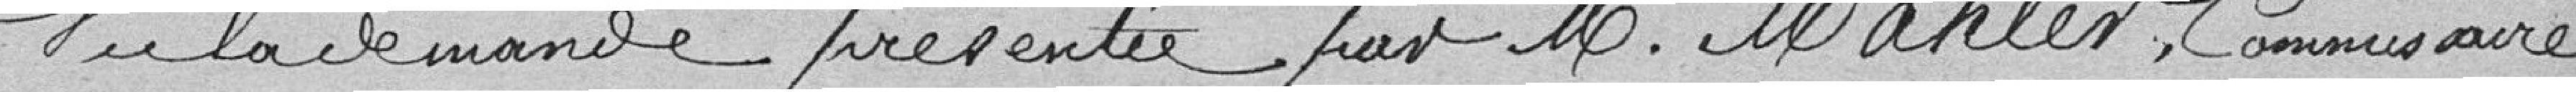
Vu la demande présentée par Monsieur Mahler, Commissaire.